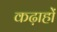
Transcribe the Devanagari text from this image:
कढ़ाहों